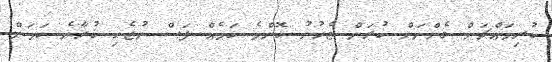
ކުރިމައްޗަށް ގެންނަން ކުރަން ޖެހުނު ކޮންމެ ކަމެއް ފަސް ނުޖެހި ކުރާނެ ކަމަށް